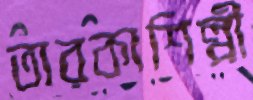
তারকাশিল্পী